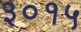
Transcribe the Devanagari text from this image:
३०१५